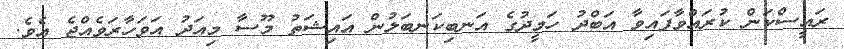
ރައީސްކަން ކުރައްވާފައިވާ އަބްދު ހަމީދުގެ އަނބިކަނބަލުން އައިޝަތު މޫސާ މިއަދު އަވަހާރަވެއްޖެ އެވެ.